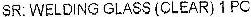
SR: WELDING GLASS (CLEAR) 1 PC